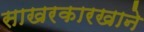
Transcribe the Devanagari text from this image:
साखरकारखाने